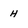
Character: H